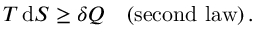
T \, \mathrm { d } S \geq \delta Q \quad \mathrm { { ( s e c o n d \, \, l a w ) } } \, .